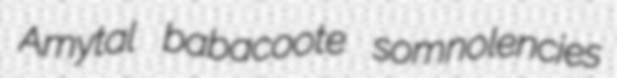
Amytal babacoote somnolencies